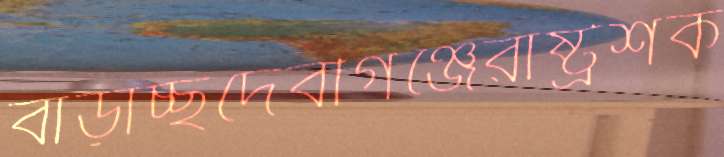
বাড়াচ্ছদেবীগঞ্জেরাষ্ট্রশক